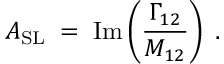
{ \cal A } _ { \mathrm { S L } } \; = \; \mathrm { I m } \left( \frac { \Gamma _ { 1 2 } } { M _ { 1 2 } } \right) \; .